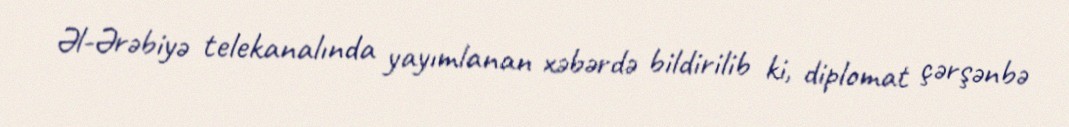
Əl-Ərəbiyə telekanalında yayımlanan xəbərdə bildirilib ki, diplomat çərşənbə